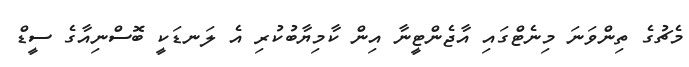
މެޗުގެ ތިންވަނަ މިނެޓްގައި އާޖެންޓީނާ އިން ކާމިޔާބުކުރި އެ ލަނޑަކީ ބޮސްނިއާގެ ސީޑް